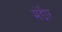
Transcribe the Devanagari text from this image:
मंद्दीर